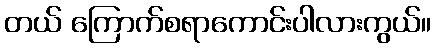
တယ် ကြောက်စရာကောင်းပါလားကွယ်။